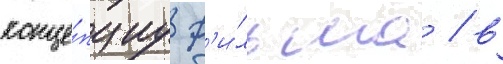
конце́пциу ф'и́льма / в